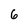
Character: 6